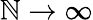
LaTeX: \mathbb{N}\rightarrow\infty